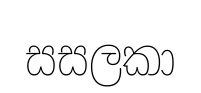
සසලකා